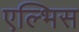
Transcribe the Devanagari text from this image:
एल्भिस